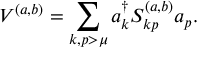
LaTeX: V ^ { ( a , b ) } = \sum _ { k , p > \mu } a _ { k } ^ { \dagger } S _ { k p } ^ { ( a , b ) } a _ { p } .